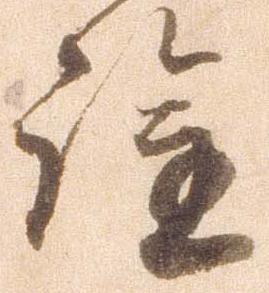
詮